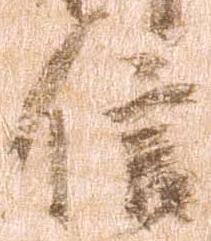
信